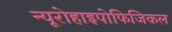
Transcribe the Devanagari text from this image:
न्यूरोहाइपोफिजिकल